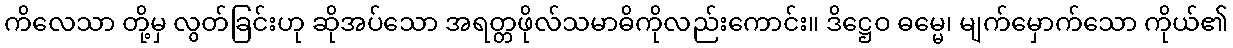
ကိလေသာ တို့မှ လွတ်ခြင်းဟု ဆိုအပ်သော အရတ္တဖိုလ်သမာဓိကိုလည်းကောင်း။ ဒိဋ္ဌေဝ ဓမ္မေ၊ မျက်မှောက်သော ကိုယ်၏